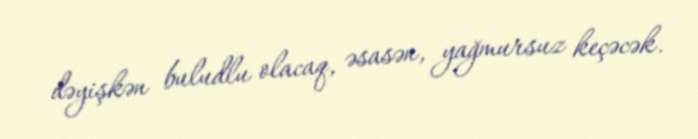
dəyişkən buludlu olacaq, əsasən, yağmursuz keçəcək.